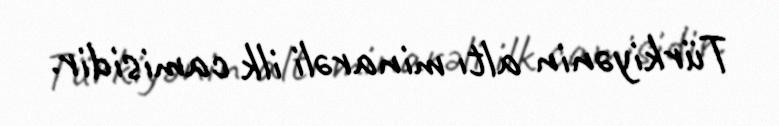
Türkiyənin altı minarəli ilk camisidir.